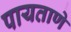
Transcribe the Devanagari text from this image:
पायताणे